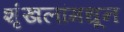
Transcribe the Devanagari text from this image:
शृंखलांमधून